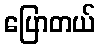
ပြောတယ်